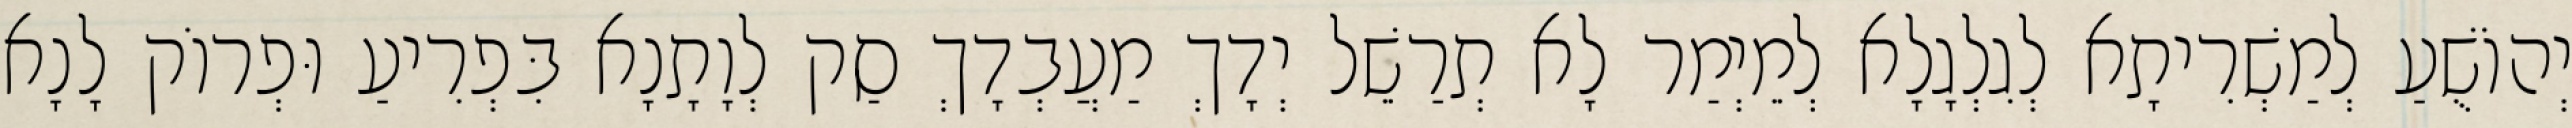
יְהוֹשֻׁעַ לְמַשְׁרִיתָא לְגִלְגָלָא לְמֵיְמַר לָא תְרַשֵׁל יְדָךְ מַעֲבְדָךְ סַק לְוָתָנָא בִּפְרִיעַ וּפְרוֹק לָנָא